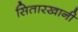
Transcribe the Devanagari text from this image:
सितारखानी